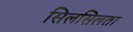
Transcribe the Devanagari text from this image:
सिलसिलता